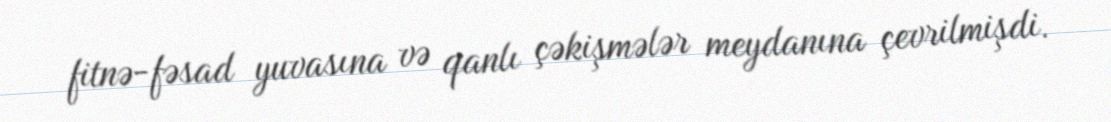
fitnə-fəsad yuvasına və qanlı çəkişmələr meydanına çevrilmişdi.